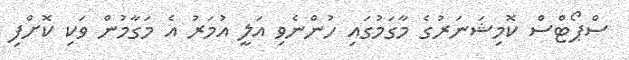
ސްޕޯޓްސް ކޮމިޝަނަރުގެ މާގަމުގައި ހުންނެވި އަލީ އުމަރު އެ މަގާމުން ވަކި ކޮށްފި